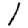
Digit: 1